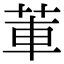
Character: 莗